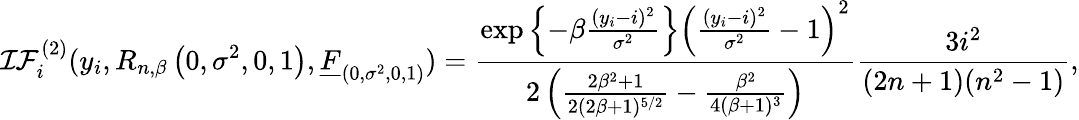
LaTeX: \mathcal{IF}_{i}^{(2)}(y_{i},R_{n,\beta}\left(0,\sigma^{2},0,1\right),\underline{{F}}_{\left(0,\sigma^{2},0,1\right)})=\frac{\exp\left\{ -\beta\frac{(y_{i}-i)^{2}}{\sigma^{2}}\right\} \left(\frac{(y_{i}-i)^{2}}{\sigma^{2}}-1\right)^{2}}{2\left(\frac{2\beta^{2}+1}{2(2\beta+1)^{5/2}}-\frac{\beta^{2}}{4(\beta+1)^{3}}\right)}\frac{3i^{2}}{(2n+1)(n^{2}-1)},